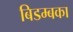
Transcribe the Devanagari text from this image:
बिडम्बका